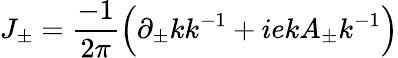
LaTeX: J_{\pm}=\frac{-1}{2\pi}\Big(\partial_{\pm}kk^{-1}+iekA_{\pm}k^{-1}\Big)